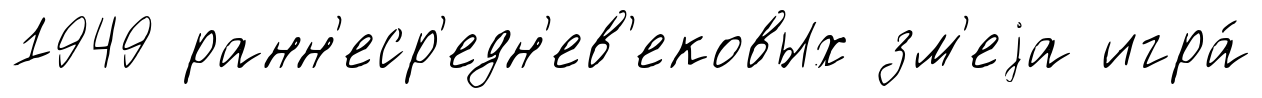
1949 ранн'еср'едн'ев'ековых зм'еjа игра́